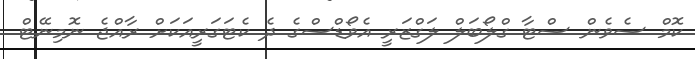
ކޮމް ސެވެން ސްޓާ ގްލޯބަލް ލަގްޒަރީ އެވޯޑްސްގެ ދެ ކެޓަގަރީއަކަށް ރާއްޖެ ނޮމިނޭޓް